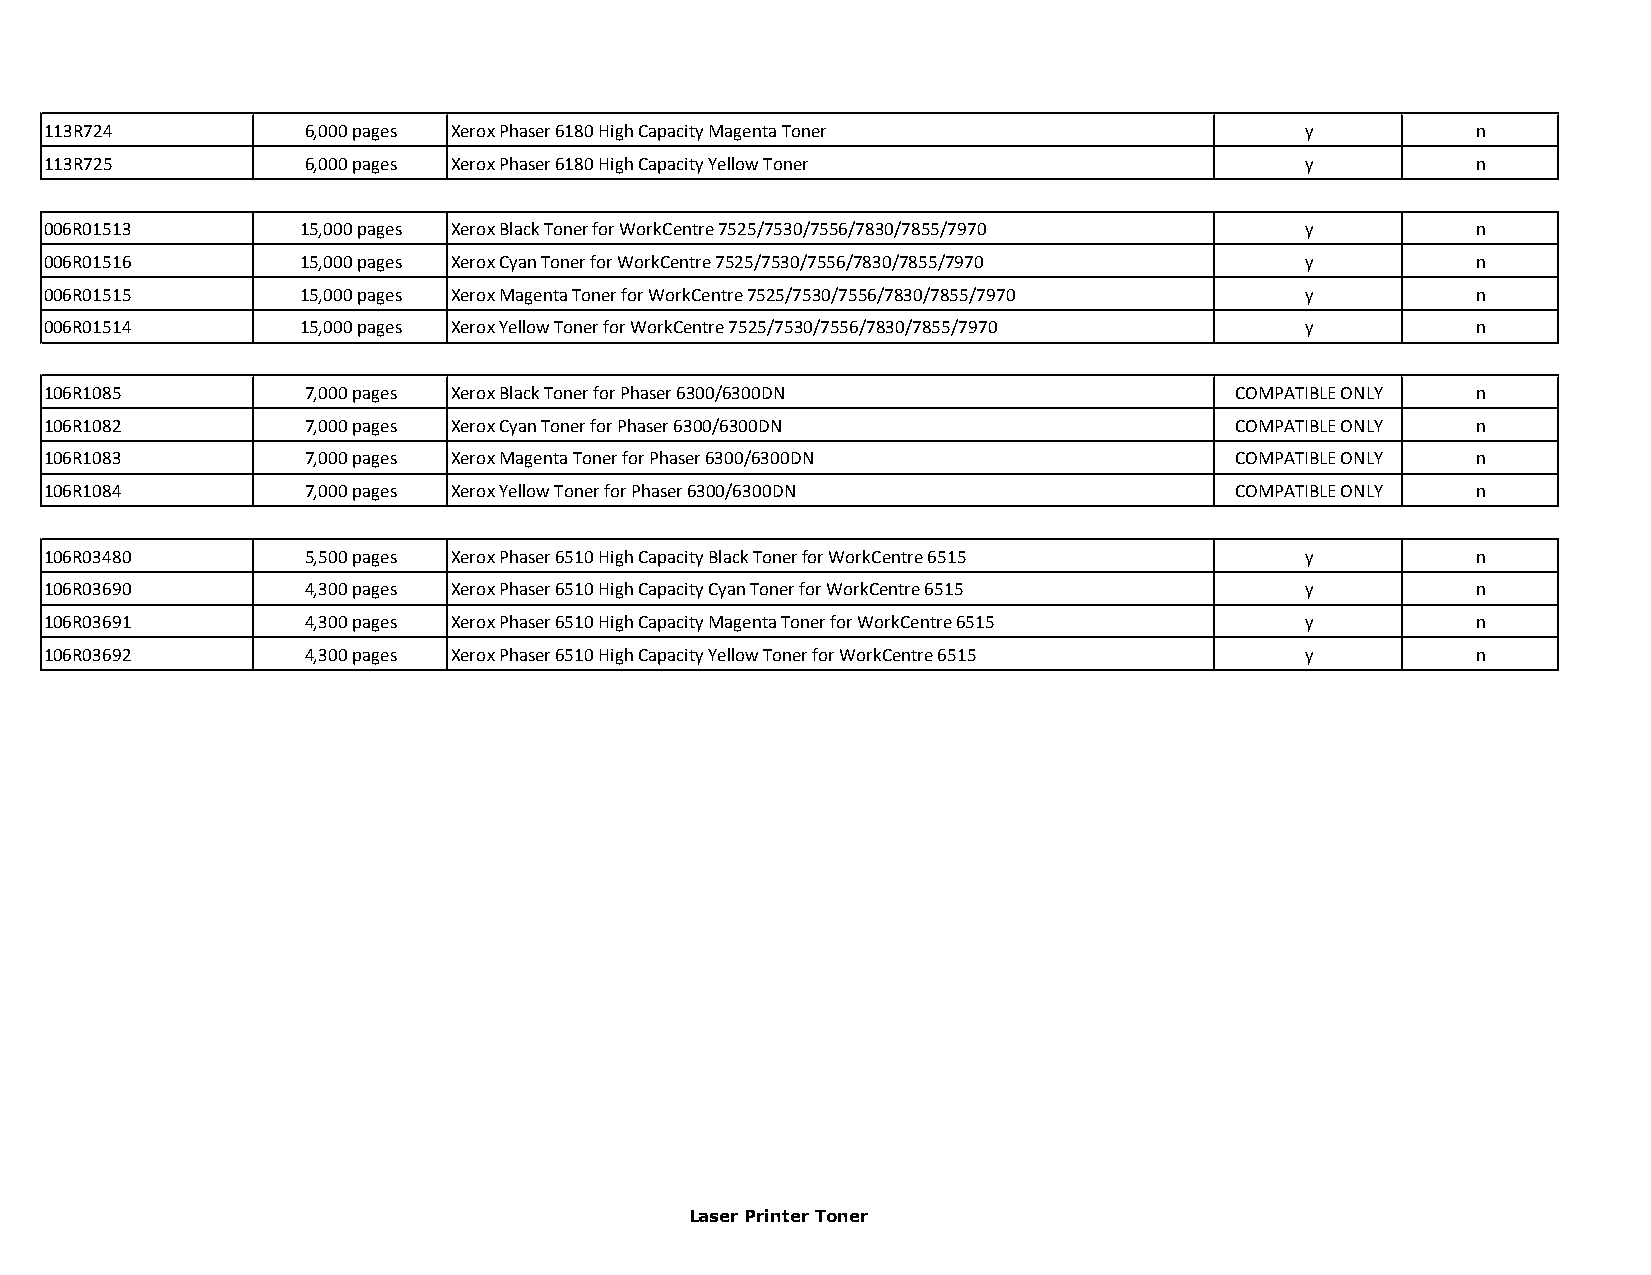
113R724          6,000 pages Xerox Phaser 6180 High Capacity Magenta Toner         y           n
 113R725          6,000 pages Xerox Phaser 6180 High Capacity Yellow Toner          y           n
 006R01513        15,000 pages Xerox Black Toner for WorkCentre 7525/7530/7556/7830/7855/7970 y n
 006R01516        15,000 pages Xerox Cyan Toner for WorkCentre 7525/7530/7556/7830/7855/7970 y  n
 006R01515        15,000 pages Xerox Magenta Toner for WorkCentre 7525/7530/7556/7830/7855/7970 y n
 006R01514        15,000 pages Xerox Yellow Toner for WorkCentre 7525/7530/7556/7830/7855/7970 y n
 106R1085         7,000 pages Xerox Black Toner for Phaser 6300/6300DN          COMPATIBLE ONLY n
 106R1082         7,000 pages Xerox Cyan Toner for Phaser 6300/6300DN           COMPATIBLE ONLY n
 106R1083         7,000 pages Xerox Magenta Toner for Phaser 6300/6300DN        COMPATIBLE ONLY n
 106R1084         7,000 pages Xerox Yellow Toner for Phaser 6300/6300DN         COMPATIBLE ONLY n
 106R03480        5,500 pages Xerox Phaser 6510 High Capacity Black Toner for WorkCentre 6515 y n
 106R03690        4,300 pages Xerox Phaser 6510 High Capacity Cyan Toner for WorkCentre 6515 y  n
 106R03691        4,300 pages Xerox Phaser 6510 High Capacity Magenta Toner for WorkCentre 6515 y n
 106R03692        4,300 pages Xerox Phaser 6510 High Capacity Yellow Toner for WorkCentre 6515 y n
 Laser Printer Toner